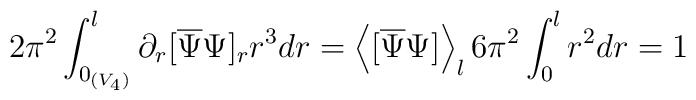
2\pi^2\int_{0_{(V_4)}}^l \partial_r [\overline{\Psi}\Psi]_r r^3dr =       \left<[\overline{\Psi}\Psi ]\right>_l 6\pi^2\int_{0}^l r^2dr=1